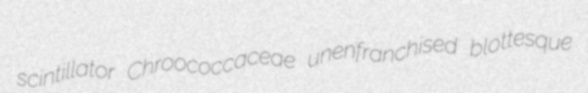
scintillator Chroococcaceae unenfranchised blottesque